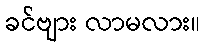
ခင်ဗျား လာမလား။